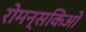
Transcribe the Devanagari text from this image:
रोमन्सकिओ